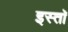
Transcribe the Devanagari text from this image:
इस्तॉ